Code of medical and sanitary regulations for the guidance of medical officers serving in the Madras Presidency - Volume I
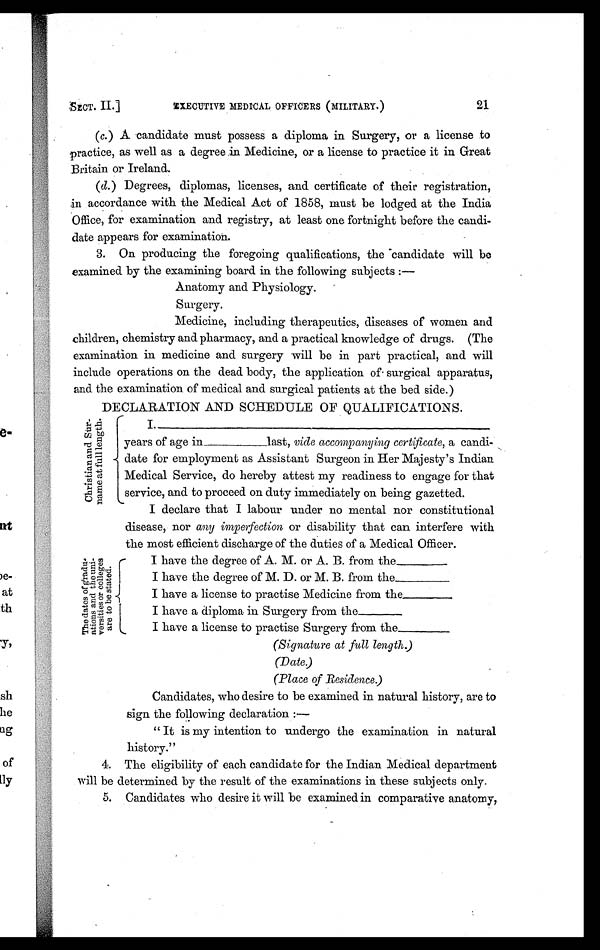
SECT. II.]
EXECUTIVE MEDICAL OFFICERS (MILITARY.)
21
(c.) A candidate must possess a diploma in Surgery, or a license to
practice, as well as a degree in Medicine, or a license to practice it in Great
Britain or Ireland.
(d.) Degrees, diplomas, licenses, and certificate of their registration,
in accordance with the Medical Act of 1858, must be lodged at the India
Office, for examination and registry, at least one fortnight before the candi-
date appears for examination.
3. On producing the foregoing qualifications, the -candidate will be
examined by the examining board in the following subjects :—
Anatomy and Physiology.
S u r g e r y .
Medicine, including therapeutics, diseases of women and
children, chemistry and pharmacy, and a practical knowledge of drugs. (The
examination in medicine and surgery will be in part practical, and will
include operations on the dead body, the application of surgical apparatus,
and the examination of medical and surgical patients at the bed side.)
DECLARATION AND SCHEDULE OF QUALIFICATIONS.
C h r i s t i a n a n d S u r - n a m e a t f u l l l e n g t h .
T h e d a t e s i f g r a d u - a t i o n s a n d t h e u n i - v e r s i t i e s o r c o l l e g e s a r e t o b e s t a r e t e d .
•
I.
years of age in
last, vide accompanying certificate, a candi-
date for employment as Assistant Surgeon in Her Majesty's Indian
Medical Service, do hereby attest my readiness to engage for that
service, and to proceed on duty immediately on being gazetted.
I declare that I labour under no mental nor constitutional
disease, nor any imperfection or disability that can interfere with
the most efficient discharge of the duties of a Medical Officer.
I have the degree of A. M. or A. B. from the
I have the degree of M. D. or M. B. from the
I have a license to practise Medicine from the.
I have a diploma in Surgery from the
I have a license to practise Surgery from the
(Signature at full length.)
(Date.)
(Place of Residence.)
Candidates, who desire to be examined in natural history, are to
sign the following declaration:—
"It is my intention to undergo the examination in natural
history."
4. The eligibility of each candidate for the Indian Medical department
will be determined by the result of the examinations in these subjects only.
5. Candidates who desire it will be examined in comparative anatomy,